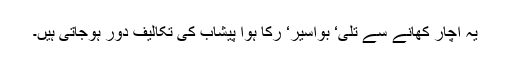
یہ اچار کھانے سے تلی‘ بواسیر‘ رکا ہوا پیشاب کی تکالیف دور ہوجاتی ہیں۔